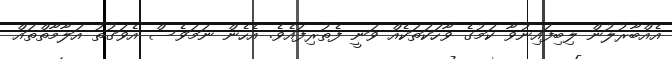
އެއްބާރުލުން ލިބިފައިނުވާ ކަމުގެ ވާހަކަތަކެއް ވަނީ ފެތުރިފައެވެ. އެހެން ނަމަވެސް އެވަގުތު އަލާމާތްތައް